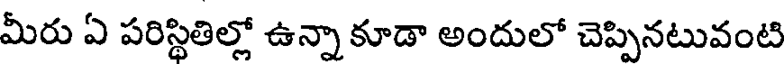
మీరు ఏ పరిస్థితిల్లో ఉన్నా కూడా అందులో చెప్పినటువంటి